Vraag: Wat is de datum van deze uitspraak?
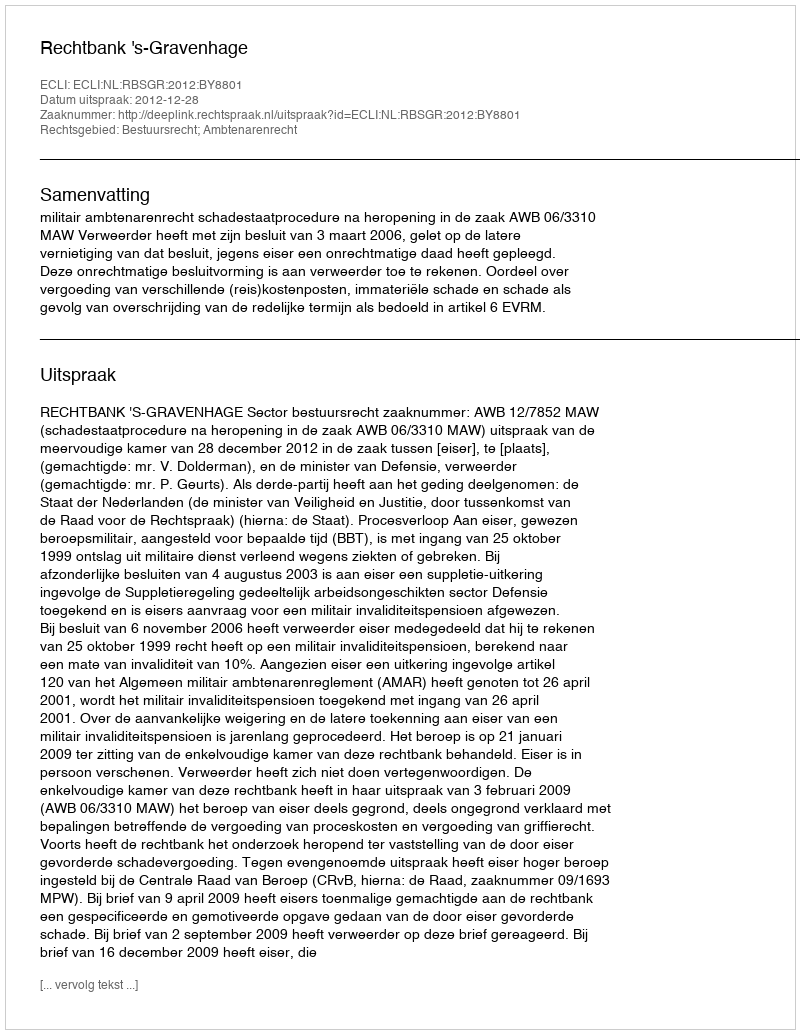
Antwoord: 2012-12-28